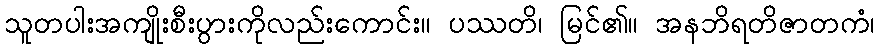
သူတပါးအကျိုးစီးပွားကိုလည်းကောင်း။ ပဿတိ၊ မြင်၏။ အနဘိရတိဇာတကံ၊